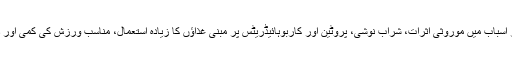
گٹھیا کے دیگر اسباب میں موروثی اثرات، شراب نوشی، پروٹین اور کاربوہائیڈریٹس پر مبنی غذاؤں کا زیادہ استعمال، مناسب ورزش کی کمی اور دباؤ نمایاں ہیں۔